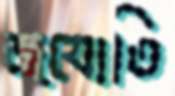
জ্যোতি